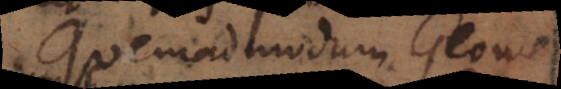
Quemadmodum Geometra